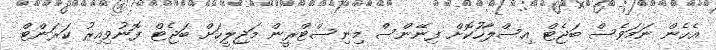
އެހެން ނަމަވެސް ބަޖެޓް އިސްލާހުކޮށް ފިނޭންސް މިނިސްޓްރީން މަޖިލީހަށް ބަޖެޓް ފޮނުވިއިރު ކަރަންޓް